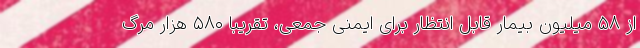
از ۵۸ میلیون بیمار قابل انتظار برای ایمنی جمعی، تقریبا ۵۸۰ هزار مرگ